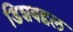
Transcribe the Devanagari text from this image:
डिशबद्दल